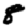
Digit: 8